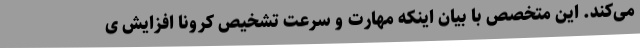
می‌کند. این متخصص با بیان اینکه مهارت و سرعت تشخیص کرونا افزایش ی